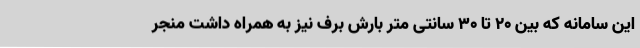
این سامانه که بین 20 تا 30 سانتی متر بارش برف نیز به همراه داشت منجر